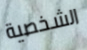
الشخصية